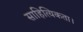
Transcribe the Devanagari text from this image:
साहित्यिकता।